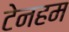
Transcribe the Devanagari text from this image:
टेनहम